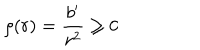
\rho ( r ) = \frac { b ^ { \prime } } { r ^ { 2 } } \ge 0